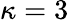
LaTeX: \kappa=3